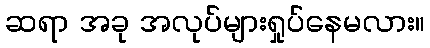
ဆရာ အခု အလုပ်များရှုပ်နေမလား။